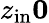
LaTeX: z_{\mathrm{in}}\le 0